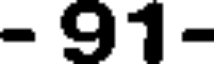
- 91-